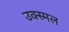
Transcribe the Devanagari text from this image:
उक्स्मल